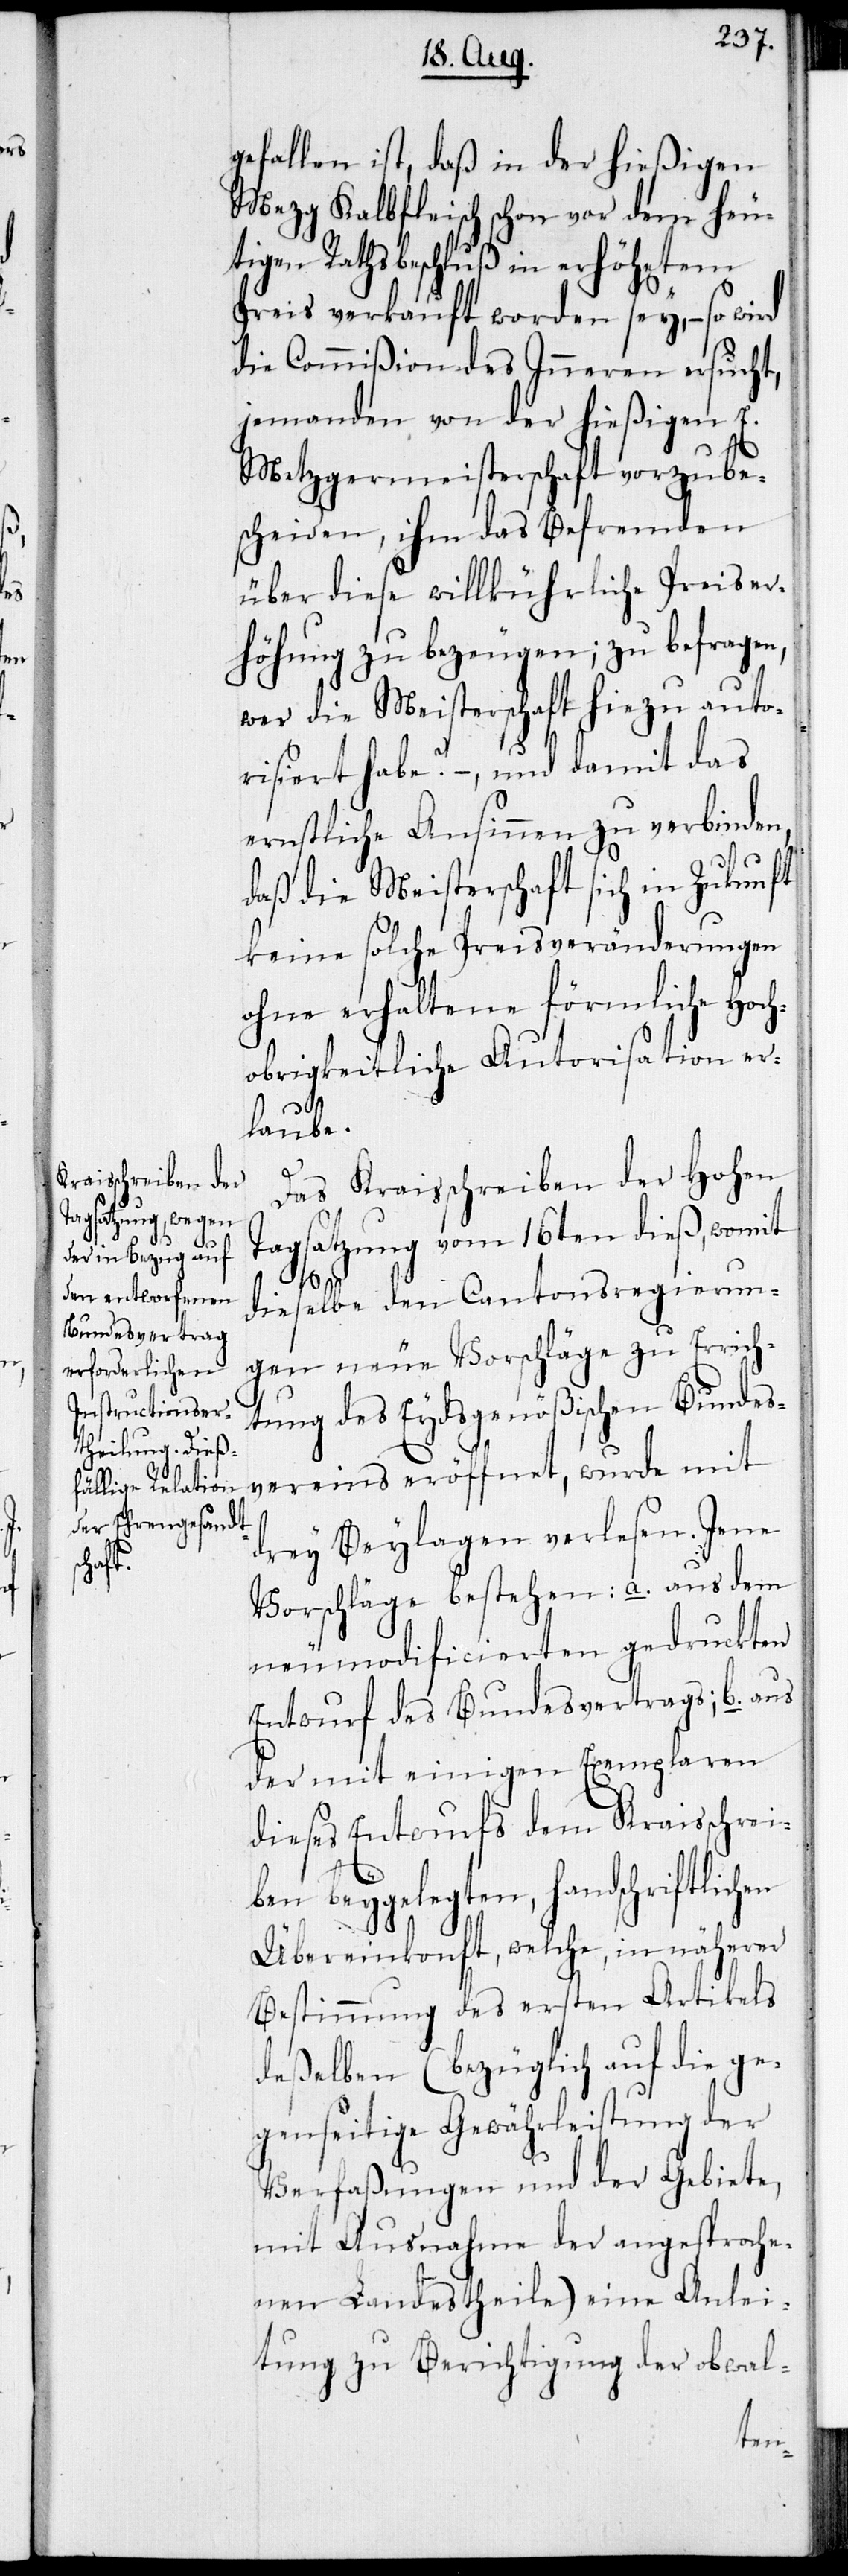
gefallen ist, daß in der hießigen
Mezg Kalbfleisch schon vor dem heu¬
tigen Rathsbeschluß in erhöhetem
Preis verkauft worden sey, – so wird
die Commißion des Inneren ersucht,
jemanden von der hießigen E.
Metzgermeisterschaft vorzube¬
scheiden, ihm das Befremden
über diese willkührliche Preiser¬
höhung zu bezeugen; zu befragen,
wer die Meisterschaft hiezu auto¬
risiert habe? – , und damit das
ernstliche Ansinnen zu verbinden,
daß die Meisterschaft sich in Zukunft
keine solche Preisveränderungen
ohne erhaltene förmliche Hoch¬
obrigkeitliche Autorisation er¬
laube.
Das Kraisschreiben der Hohen
Tagsatzung vom 16ten dieß, womit
dieselbe den Cantonsregierun¬
gen neue Vorschläge zu Errich¬
tung des Eydsgenößischen Bundes¬
vereins eröffnet, wurde mit
drey Beylagen verlesen. Jene
Vorschläge bestehen: a. aus dem
neumodificierten gedruckten
Entwurf des Bundesvertrags; b. aus
der mit einigen Exemplaren
dieses Entwurfs dem Kraisschrei¬
ben beygelegten, handschriftlich¬
Übereinkonft, welche, in näherer
Bestimmung des ersten Artikels
deßelben (bezüglich auf die ge¬
genseitige Gewährleistung der
Verfaßungen und der Gebiete,
mit Ausnahme der angesproche¬
nen Landestheile) eine Anlei¬
tung zu Berichtigung der obwal-
en